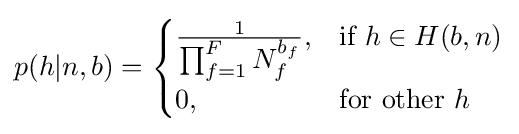
p(h|n,b)={\begin{cases}{\frac {1}{\textstyle \prod _{f=1}^{F}N_{f}^{b_{f}}}},&{\mbox{if }}h\in H(b,n)\\0,&{\mbox{for other }}h\end{cases}}